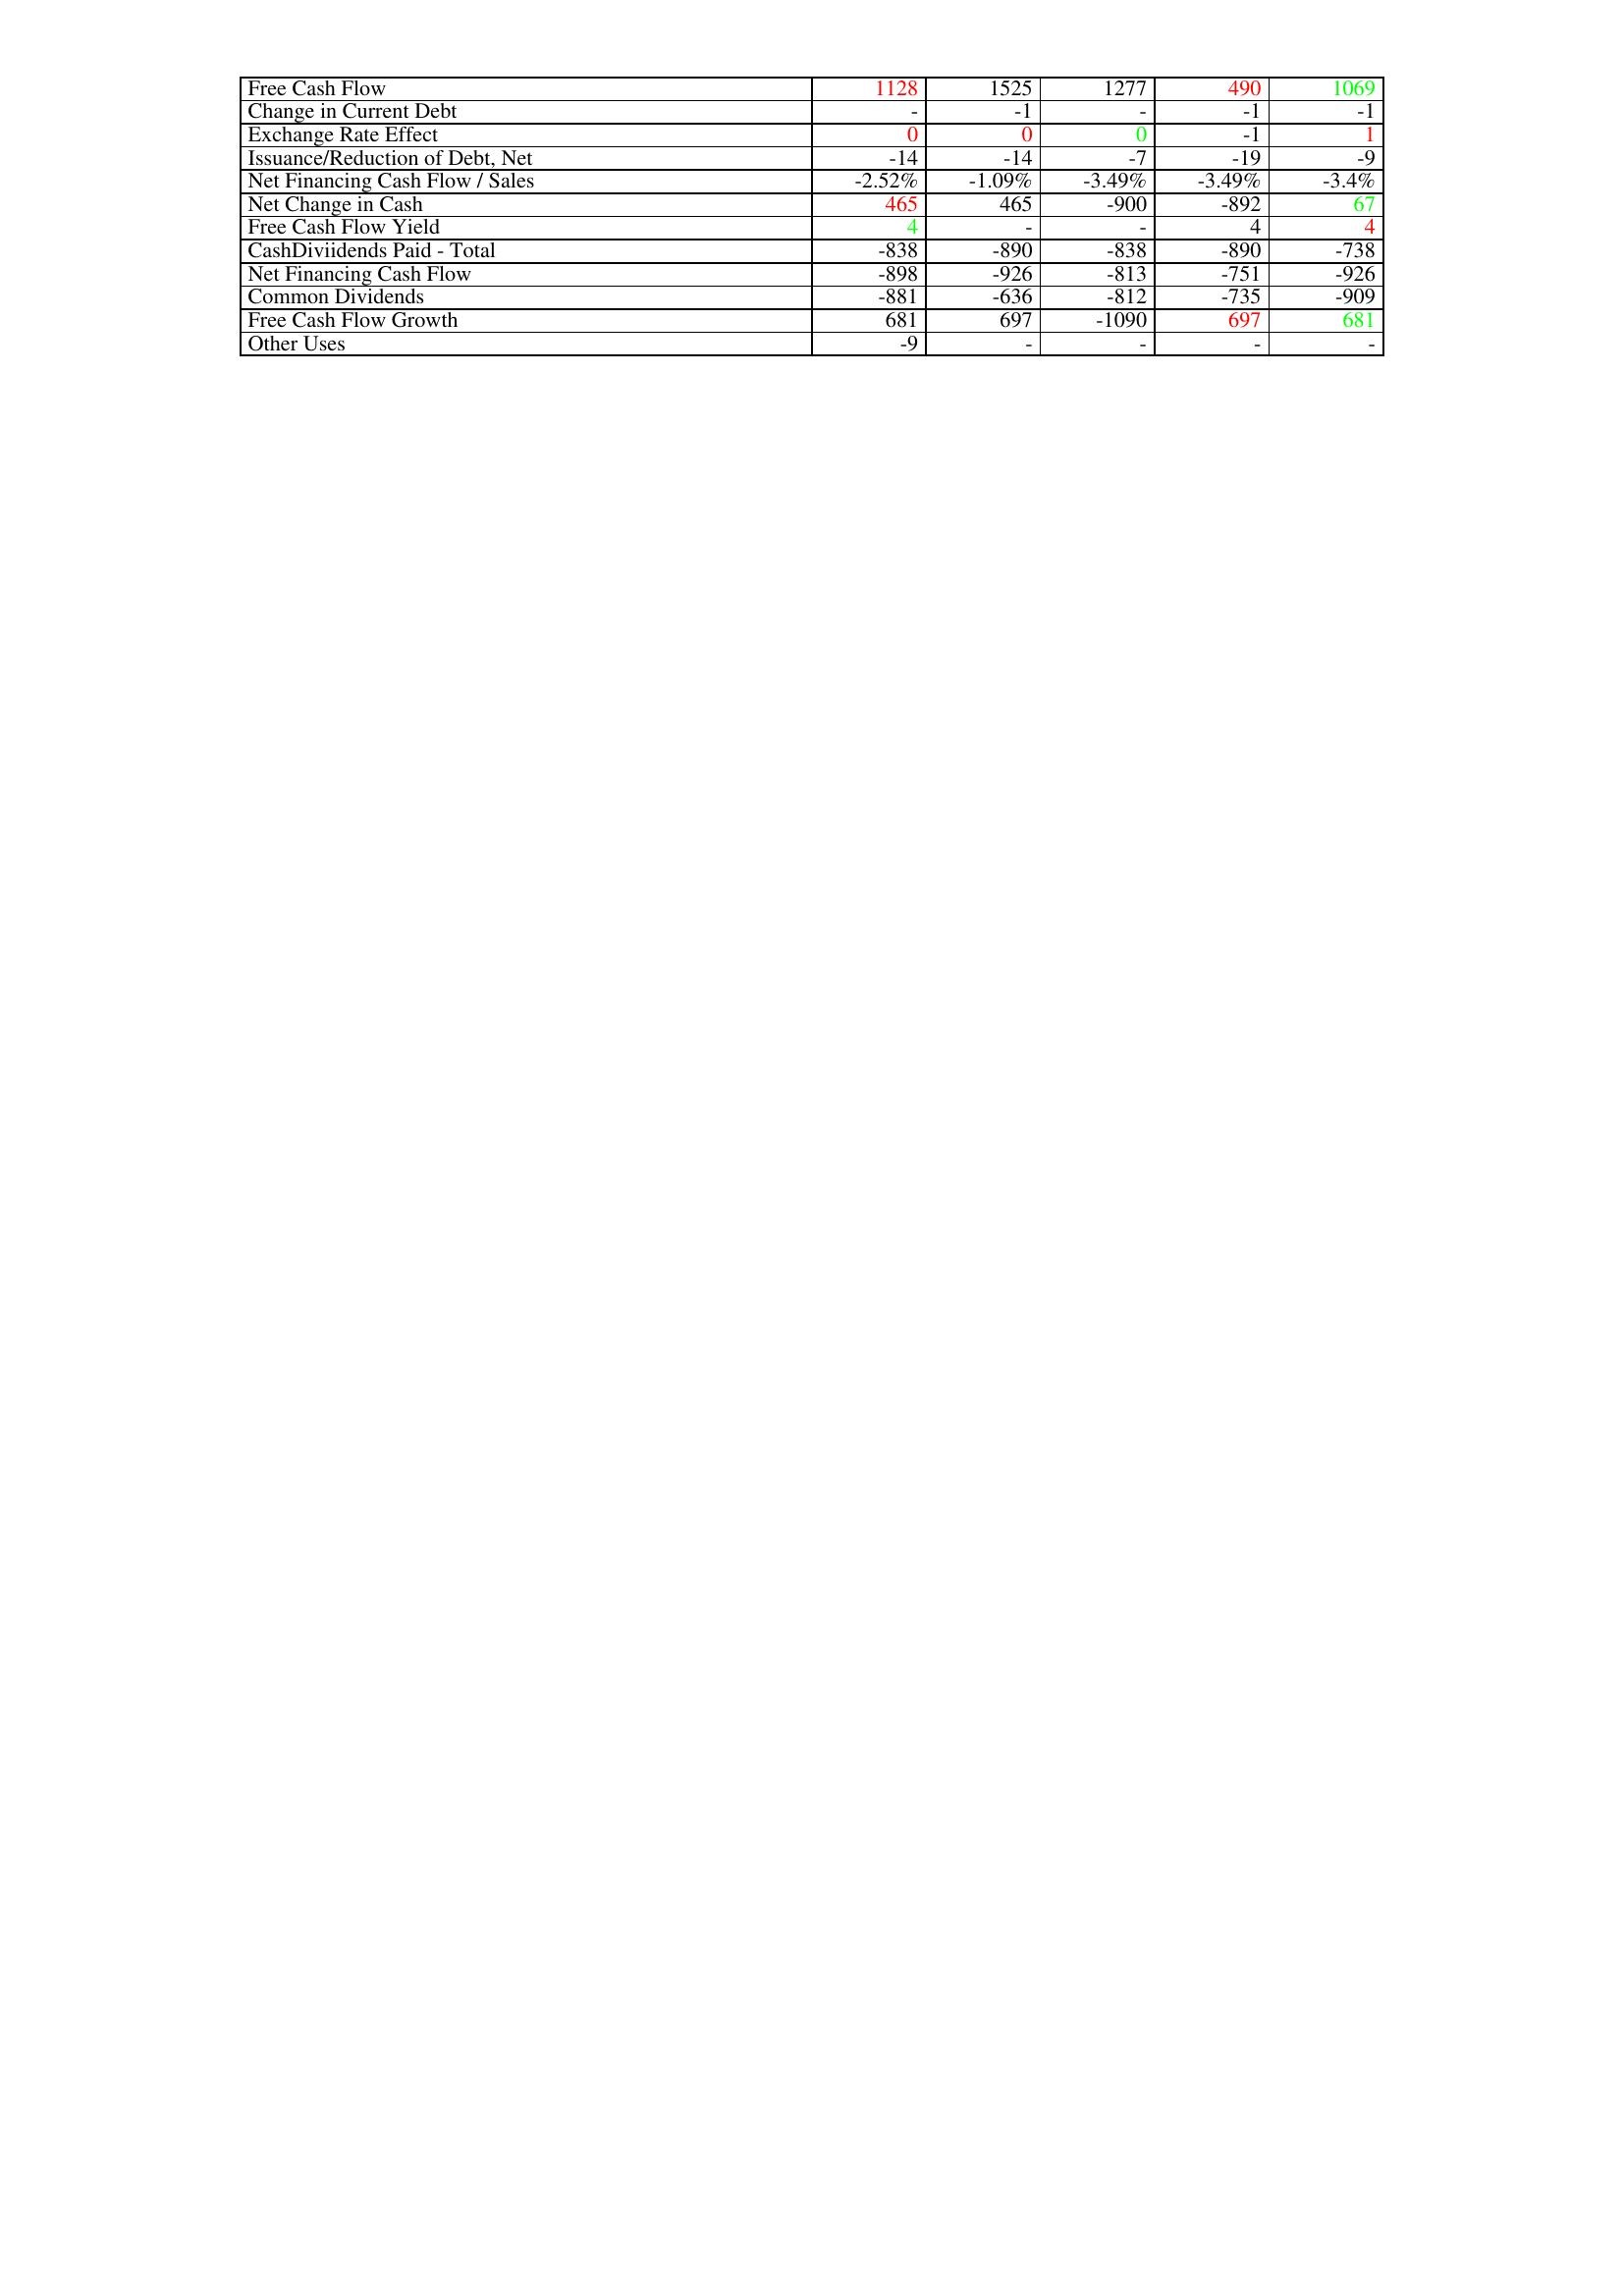
gt_parse: 2011: Financing Activities: Free Cash Flow: 1128
Change in Current Debt: -
Exchange Rate Effect: 0
Issuance/Reduction of Debt, Net: -14
Net Financing Cash Flow / Sales: -2.52%
Net Change in Cash: 465
Free Cash Flow Yield: 4
CashDiviidends Paid - Total: -838
Net Financing Cash Flow: -898
Common Dividends: -881
Free Cash Flow Growth: 681
Other Uses: -9
2012: Financing Activities: Free Cash Flow: 1525
Change in Current Debt: -1
Exchange Rate Effect: 0
Issuance/Reduction of Debt, Net: -14
Net Financing Cash Flow / Sales: -1.09%
Net Change in Cash: 465
Free Cash Flow Yield: -
CashDiviidends Paid - Total: -890
Net Financing Cash Flow: -926
Common Dividends: -636
Free Cash Flow Growth: 697
Other Uses: -
2013: Financing Activities: Free Cash Flow: 1277
Change in Current Debt: -
Exchange Rate Effect: 0
Issuance/Reduction of Debt, Net: -7
Net Financing Cash Flow / Sales: -3.49%
Net Change in Cash: -900
Free Cash Flow Yield: -
CashDiviidends Paid - Total: -838
Net Financing Cash Flow: -813
Common Dividends: -812
Free Cash Flow Growth: -1090
Other Uses: -
2014: Financing Activities: Free Cash Flow: 490
Change in Current Debt: -1
Exchange Rate Effect: -1
Issuance/Reduction of Debt, Net: -19
Net Financing Cash Flow / Sales: -3.49%
Net Change in Cash: -892
Free Cash Flow Yield: 4
CashDiviidends Paid - Total: -890
Net Financing Cash Flow: -751
Common Dividends: -735
Free Cash Flow Growth: 697
Other Uses: -
2015: Financing Activities: Free Cash Flow: 1069
Change in Current Debt: -1
Exchange Rate Effect: 1
Issuance/Reduction of Debt, Net: -9
Net Financing Cash Flow / Sales: -3.4%
Net Change in Cash: 67
Free Cash Flow Yield: 4
CashDiviidends Paid - Total: -738
Net Financing Cash Flow: -926
Common Dividends: -909
Free Cash Flow Growth: 681
Other Uses: -